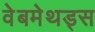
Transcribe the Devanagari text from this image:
वेबमेथड्स